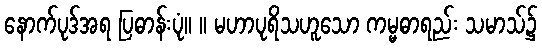
နောက်ပုဒ်အရ ပြဓာန်းပုံ။ ။ မဟာပုရိသဟူသော ကမ္မဓာရည်း သမာသ်၌